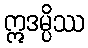
ဣဒမ္ပိဿ